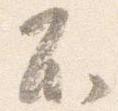
不